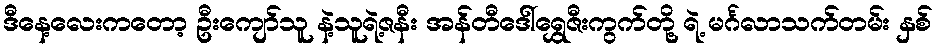
ဒီနေ့လေးကတော့ ဦးကျော်သူ နဲ့သူရဲ့ဇနီး အန်တီဒေါ်ရွှေဇီးကွက်တို့ ရဲ့ မင်္ဂလာသက်တမ်း နှစ်